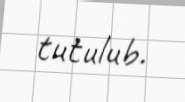
tutulub.